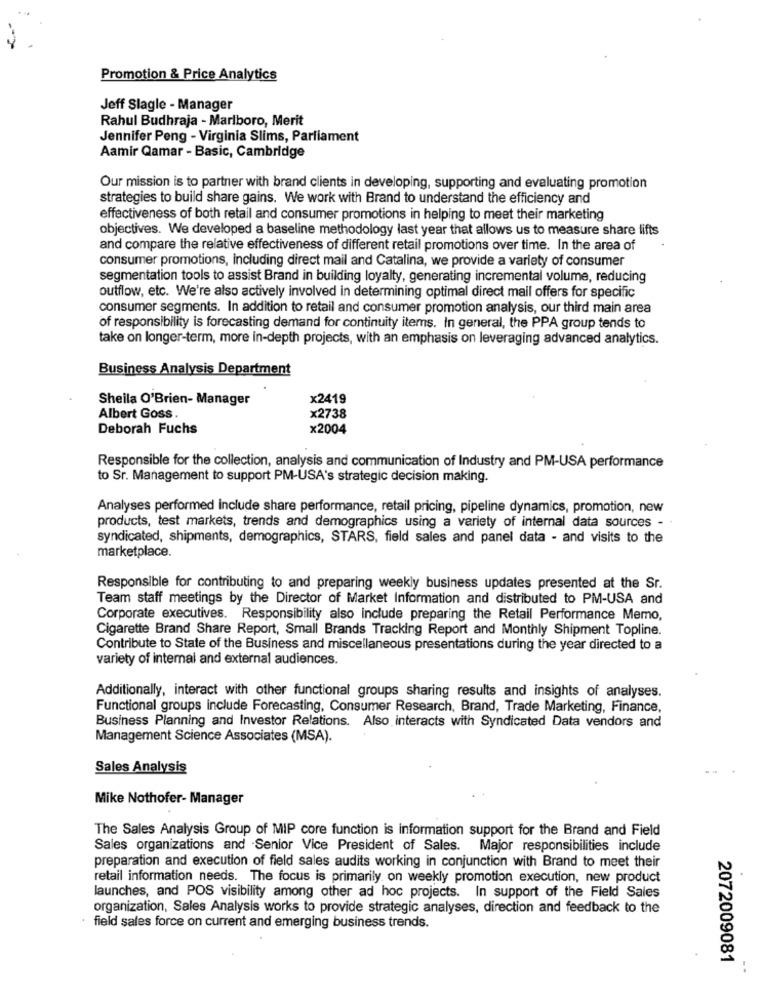
Promotion & Price Analytics
Jeff Slagle - Manager
Rahul Budhraja - Marlboro, Merit
Jennifer Peng - Virginia Slims, Parliament
Aamir Qamar - Basic, Cambridge
Our mission is to partner with brand clients in developing, supporting and evaluating promotion
strategies to build share gains. We work with Brand to understand the efficiency and
effectiveness of both retail and consumer promotions in helping to meet their marketing
objectives. We developed a baseline methodology last year that allows us to measure share lifts
and compare the relative effectiveness of different retail promotions over time. In the area of
consumer promotions, including direct mail and Catalina, we provide a variety of consumer
segmentation tools to assist Brand in building loyalty, generating incremental volume, reducing
outflow, etc. We're also actively involved in determining optimal direct mail offers for specific
consumer segments. In addition to retail and consumer promotion analysis, our third main area
of responsibility is forecasting demand for continuity items. In general, the PPA group tends to
take on longer-term, more in-depth projects, with an emphasis on leveraging advanced analytics.
Business Analysis Department
Sheila O'Brien- Manager
x2419
Albert Goss.
x2738
Deborah Fuchs
x2004
Responsible for the collection, analysis and communication of Industry and PM-USA performance
to Sr. Management to support PM-USA's strategic decision making.
Analyses performed include share performance, retail pricing, pipeline dynamics, promotion, new
products, test markets, trends and demographics using a variety of internal data sources -
syndicated, shipments, demographics, STARS, field sales and panel data - and visits to the
marketplace.
Responsible for contributing to and preparing weekly business updates presented at the Sr.
Team staff meetings by the Director of Market Information and distributed to PM-USA and
Corporate executives. Responsibility also include preparing the Retail Performance Memo,
Cigarette Brand Share Report, Small Brands Tracking Report and Monthly Shipment Topline.
Contribute to State of the Business and miscellaneous presentations during the year directed to a
variety of internal and external audiences.
Additionally, interact with other functional groups sharing results and insights of analyses.
Functional groups include Forecasting, Consumer Research, Brand, Trade Marketing, Finance,
Business Planning and Investor Relations. Also interacts with Syndicated Data vendors and
Management Science Associates (MSA).
Sales Analysis
Mike Nothofer- Manager
The Sales Analysis Group of MIP core function is information support for the Brand and Field
Sales organizations and Senior Vice President of Sales. Major responsibilities include
preparation and execution of field sales audits working in conjunction with Brand to meet their
retail information needs. The focus is primarily on weekly promotion execution, new product
launches, and POS visibility among other ad hoc projects. In support of the Field Sales
organization, Sales Analysis works to provide strategic analyses, direction and feedback to the
· field sales force on current and emerging business trends.
2072009081